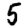
Digit: 5